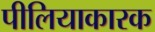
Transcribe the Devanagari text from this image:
पीलियाकारक